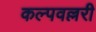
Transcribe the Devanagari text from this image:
कल्पवल्लरी